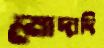
মোদাদি